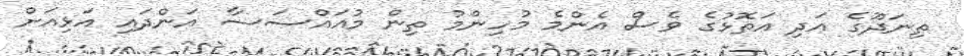
ތިނަދޫގެ އަދި އަތޮޅުގެ ވެސް އެންމެ މުހިންމު ތިން މުއައްސަސާ އަންދައި އަޅިއަށް